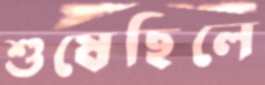
শুষেছিলে